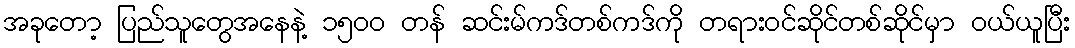
အခုတော့ ပြည်သူတွေအနေနဲ့ ၁၅၀၀ တန် ဆင်းမ်ကဒ်တစ်ကဒ်ကို တရားဝင်ဆိုင်တစ်ဆိုင်မှာ ဝယ်ယူပြီး